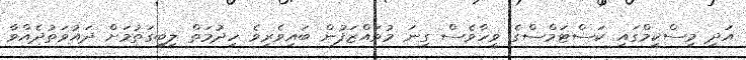
އަދި މިސްކީމްގައި ކަސްޓަމްސްގެ ވީހާވެސް ގިނަ މުވައްޒަފުން ބައިވެރިވެ ހިދުމަތް ލިބިގަތުމަށް ދައުވަތުދެއްވާ